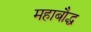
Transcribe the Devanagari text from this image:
महाबौद्ध